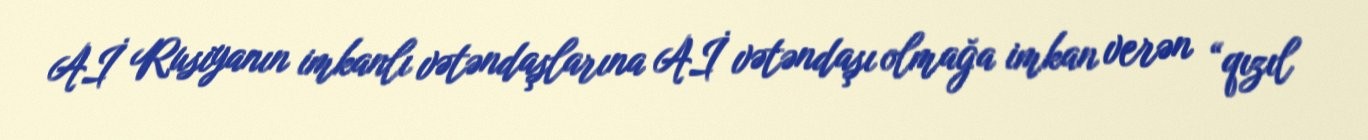
Aİ Rusiyanın imkanlı vətəndaşlarına Aİ vətəndaşı olmağa imkan verən “qızıl